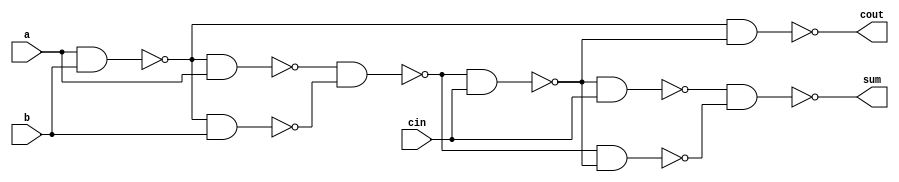
module full_adder_1bit (sum,cout,a,b,cin);
output sum,cout;
input a,b,cin;
wire c1,c2,c3,c4,c5,c6,c7;

nand n1(c1,a,b);
nand n2(c2,c1,a);
nand n3(c3,c1,b);
nand n4(c4,c2,c3);
nand n5(c5,c4,cin);
nand n6(c6,c4,c5);
nand n7(c7,c5,cin);
nand n8(cout,c1,c5);
nand n9(sum,c7,c6);

endmodule

module full_sub1(sum,cout,a,b,cin);
output sum,cout;
input a,b,cin;
wire x;

not n1(x,b);

full_adder_1bit f1(sum,cout,a,x,cin);

endmodule